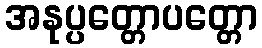
အနုပ္ပတ္တောပတ္တော